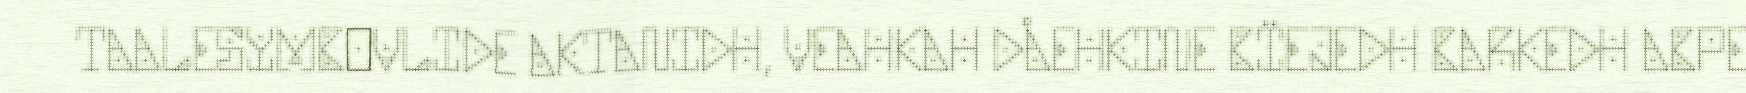
TAALESYMBOVLIDE AKTANIDH, VEAHKAH DÅEHKINE BÏEJEDH BARKEDH ABPE